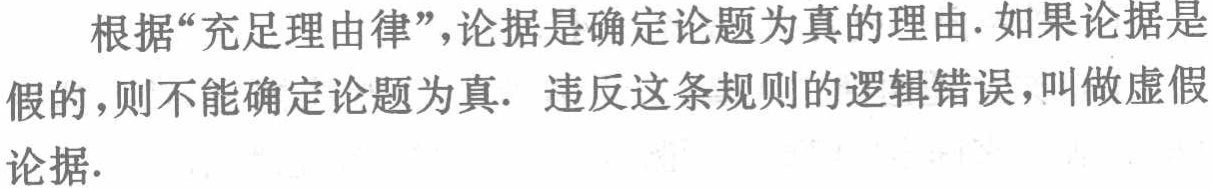
根据“充足理由律”，论据是确定论题为真的理由. 如果论据是假的，则不能确定论题为真. 违反这条规则的逻辑错误，叫做虚假论据.